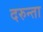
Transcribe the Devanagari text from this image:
दरुन्ता